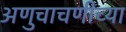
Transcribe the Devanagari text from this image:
अणुचाचणीच्या